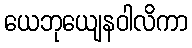
ယေဘုယျေနဝါလိကာ